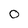
Character: 0